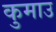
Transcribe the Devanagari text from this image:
कुमाउ